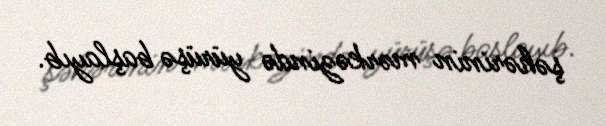
şəhərinin mərkəzində yürüşə başlayıb.